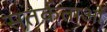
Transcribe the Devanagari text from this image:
सतर्कताओं